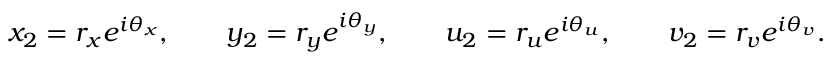
x _ { 2 } = r _ { x } e ^ { i \theta _ { x } } , \qquad y _ { 2 } = r _ { y } e ^ { i \theta _ { y } } , \qquad u _ { 2 } = r _ { u } e ^ { i \theta _ { u } } , \qquad v _ { 2 } = r _ { v } e ^ { i \theta _ { v } } .